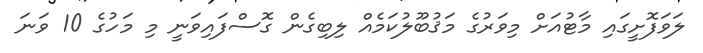
ލަވަފޮށީގައި މާޓުއަށް މިވަރުގެ މަޤުބޫލުކަމެއް ލިބިގެން ގޮސްފައިވަނީ މި މަހުގެ 10 ވަނަ